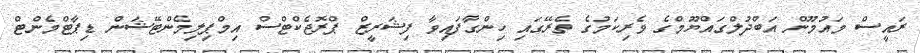
ރައީސް މައުމޫން އަބްދުލްގައްޔޫމްގެ ވެރިކަމުގެ ތެރޭގައި ހިންގާފައިވާ ފިޝަރީޒް ޕްރޮޖެކްޓްސް އިމްޕިލިމެންޓޭޝަން ޑިޕާޓްމެންޓް